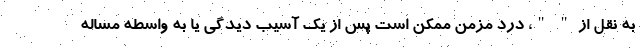
به نقل از " "، درد مزمن ممکن است پس از یک آسیب دیدگی یا به واسطه مساله